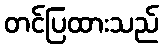
တင်ပြထားသည်